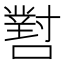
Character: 𡁨